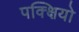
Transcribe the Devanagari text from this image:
पक्क्षियो